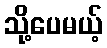
သို့ပေမယ့်